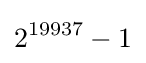
2^{19937}-1